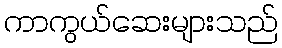
ကာကွယ်ဆေးများသည်